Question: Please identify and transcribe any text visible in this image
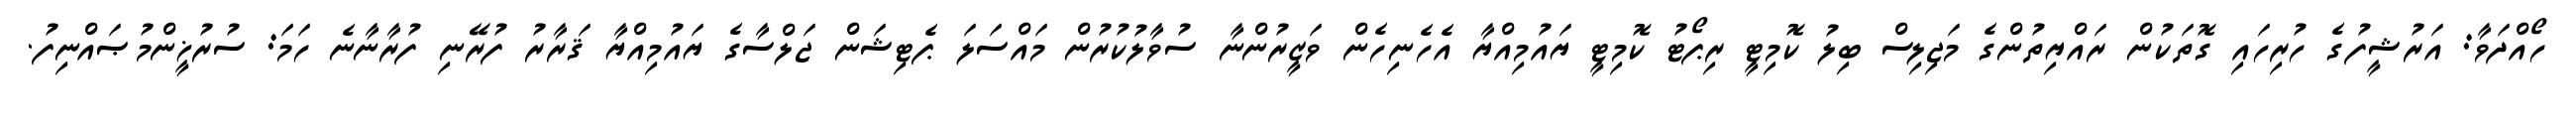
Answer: ހޯއްދަވާ: އަރުޝީފުގެ ހުރިހައި ގޮތަކުން ރައްޔިތުންގެ މަޖިލިސް ބިލު ކޮމިޓީ ރިޕޯޓު ކޮމިޓީ ޔައުމިއްޔާ އެހެނިހެން ވަޒީރުންނާ ސުވާލުކުރުން މައްސަލަ ޕެޓިޝަން ޖަލްސާގެ ޔައުމިއްޔާ ޤަރާރު ފުރޭނި ފުރާނާނެ ހަމަ: ސުރުޚީންމުޞައްނިފު.